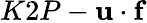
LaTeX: K2P-\mathbf{u\cdot f}